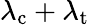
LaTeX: \lambda_{\mathrm{c}}+\lambda_{\mathrm{t}}